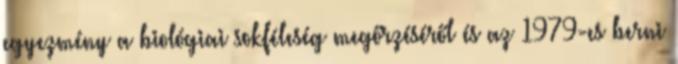
egyezmény a biológiai sokféleség megőrzéséről és az 1979-es berni